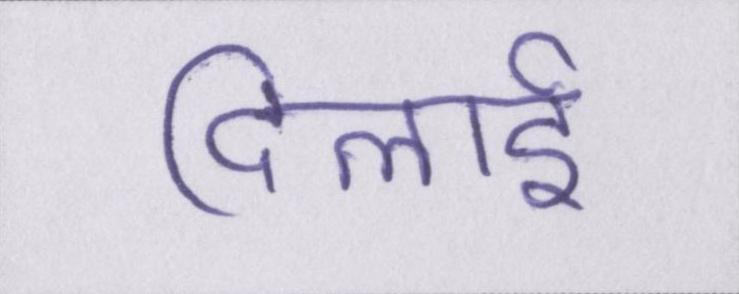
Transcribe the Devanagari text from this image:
दिलाई